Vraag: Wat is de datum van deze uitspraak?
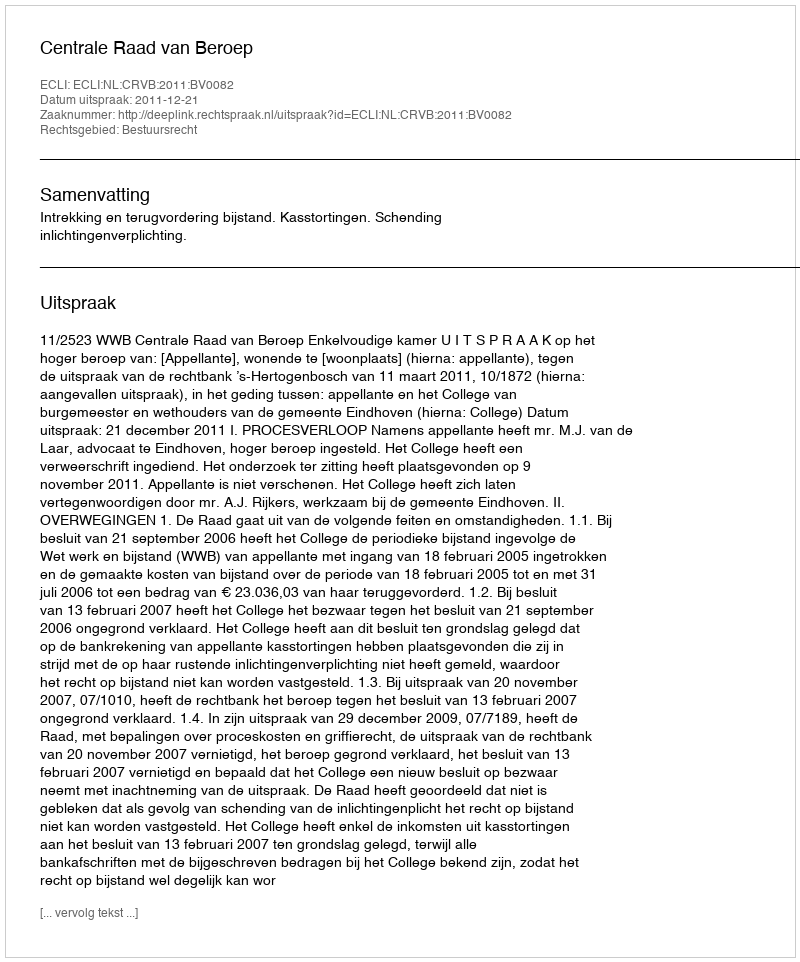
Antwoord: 2011-12-21